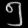
Digit: ၅